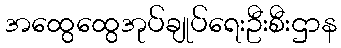
အထွေထွေအုပ်ချုပ်ရေးဦးစီးဌာန